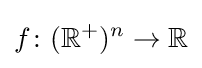
f\colon (\mathbb {R} ^{+})^{n}\to \mathbb {R}